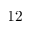
1 2